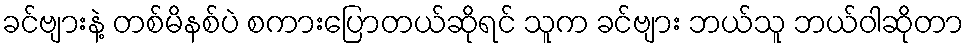
ခင်ဗျားနဲ့ တစ်မိနစ်ပဲ စကားပြောတယ်ဆိုရင် သူက ခင်ဗျား ဘယ်သူ ဘယ်ဝါဆိုတာ